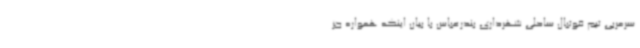
سرمربی تیم فوتبال ساحلی شهرداری بندرعباس با بیان اینکه همواره جز